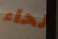
لحاء